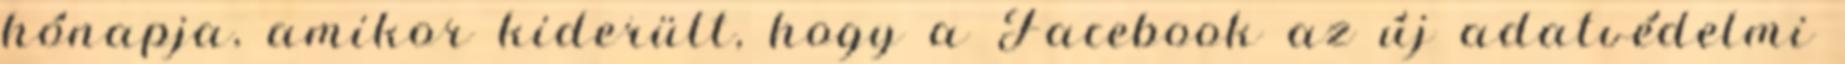
hónapja, amikor kiderült, hogy a Facebook az új adatvédelmi